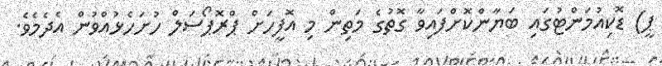
ޕީ) ޑޮކިއުމަންޓުގައި ބަޔާންކޮށްފައިވާ ގޮތުގެ މަތިން މި އޮފީހަށް ޕްރޮޕޯސަލް ހުށަހެޅުއްވުން އެދެމެވެ.